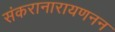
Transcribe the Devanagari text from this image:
संकरानारायणनन